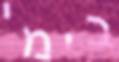
בימי